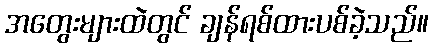
အတွေးများထဲတွင် ချန်ရစ်ထားပစ်ခဲ့သည်။